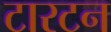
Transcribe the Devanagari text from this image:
टारटन